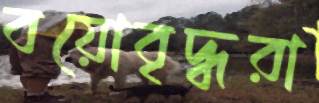
বয়োবৃদ্ধরা